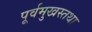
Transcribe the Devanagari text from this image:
पूर्वमुखस्तथा